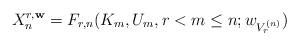
LaTeX: \begin{align*}X_{n}^{r,\mathbf{w}}=F_{r,n}( K_{m},U_{m}, r<m\leq n ;w_{V_r^{(n)}})\end{align*}